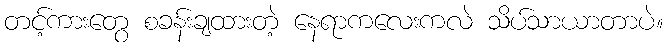
တင့်ကားတွေ စခန်းချထားတဲ့ နေရာကလေးကလဲ သိပ်သာယာတာပဲ။